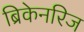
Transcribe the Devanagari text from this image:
ब्रिकेनरिज